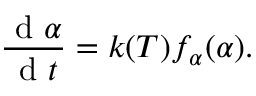
\frac { \mathrm { ~ d ~ } \alpha } { \mathrm { ~ d ~ } t } = k ( T ) f _ { \alpha } ( \alpha ) .